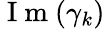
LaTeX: \mathrm{~I~m~}(\gamma_{k})